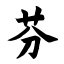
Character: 芬